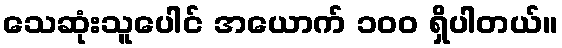
သေဆုံးသူပေါင် အယောက် ၁၀၀ ရှိပါတယ်။